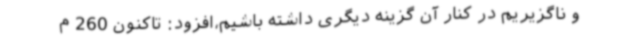
و ناگزیریم در کنار آن گزینه دیگری داشته باشیم،افزود: تاکنون 260 م